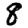
Digit: 8